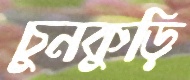
চুনকুড়ি